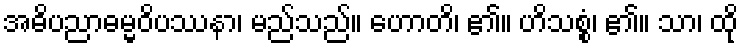
အဓိပညာဓမ္မဝိပဿနာ၊ မည်သည်။ ဟောတိ၊ ၏။ ဟိသစ္စံ၊ ၏။ သာ၊ ထို